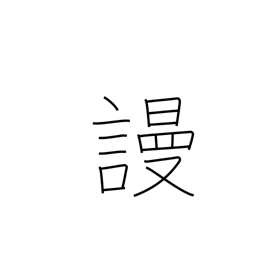
Meaning: despise